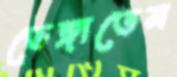
ভেঙ্গাতেম